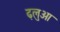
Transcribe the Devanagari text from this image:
ढ़लुआ